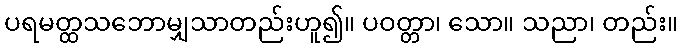
ပရမတ္ထသဘောမျှသာတည်းဟူ၍။ ပဝတ္တာ၊ သော။ သညာ၊ တည်း။